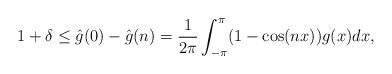
LaTeX: \begin{align*}1+\delta \le \hat{g}(0)-\hat{g}(n)=\frac{1}{2\pi}\int_{-\pi}^{\pi}(1-\cos(nx))g(x)dx,\end{align*}